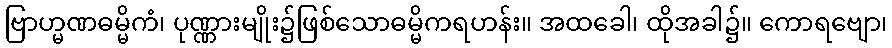
ဗြာဟ္မဏဓမ္မိကံ၊ ပုဏ္ဏားမျိုး၌ဖြစ်သောဓမ္မိကရဟန်း။ အထခေါ၊ ထိုအခါ၌။ ကောရဗျော၊